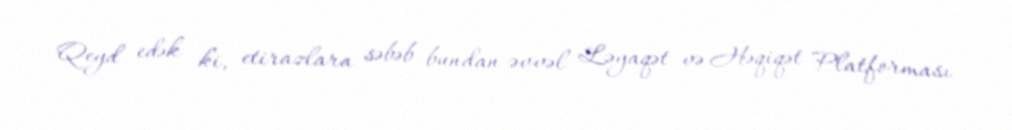
Qeyd edək ki, etirazlara səbəb bundan əvvəl Ləyaqət və Həqiqət Platforması